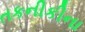
તકનીકીના